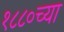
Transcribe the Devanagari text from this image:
१८८०च्या